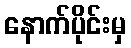
နောက်ပိုင်းမှ